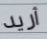
أريد